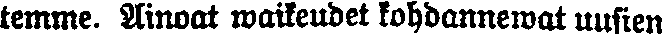
temme. Ainoat waikeudet kohdannewat uusien